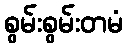
စွမ်းစွမ်းတမံ